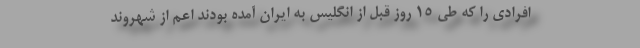
افرادی را که طی ۱۵ روز قبل از انگلیس به ایران آمده بودند اعم از شهروند